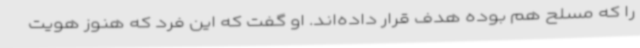
را که مسلح هم بوده هدف قرار داده‌اند. او گفت که این فرد که هنوز هویت